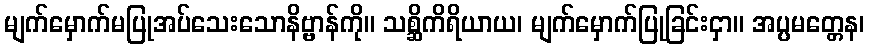
မျက်မှောက်မပြုအပ်သေးသောနိဗ္ဗာန်ကို။ သစ္ဆိကိရိယာယ၊ မျက်မှောက်ပြုခြင်းငှာ။ အပ္ပမတ္တေန၊